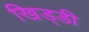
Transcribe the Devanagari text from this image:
खिड्डी